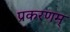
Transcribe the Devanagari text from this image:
प्रकरणम्‌